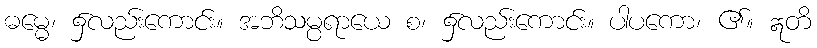
ဓမ္မေ၊ ၌လည်းကောင်း။ အဘိသမ္ပရာယေ စ၊ ၌လည်းကောင်း။ ပါပကော၊ ၏။ ဣတိ